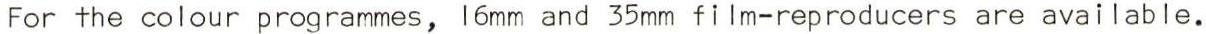
For the colour programmes, 16mm and 35mm film-reproducers are available.